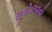
છૂટોછવાયો